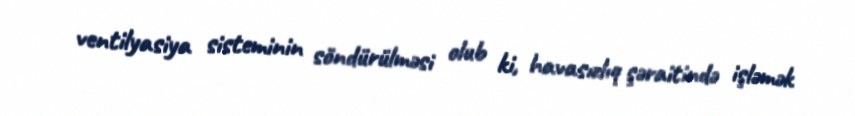
ventilyasiya sisteminin söndürülməsi olub ki, havasızlıq şəraitində işləmək